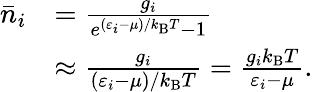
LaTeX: {\begin{array}{rl}{{\bar{n}}_{i}}&{={\frac{g_{i}}{e^{(\varepsilon_{i}-\mu)/k_{\mathrm{B}}T}-1}}}\\ &{\approx{\frac{g_{i}}{(\varepsilon_{i}-\mu)/k_{\mathrm{B}}T}}={\frac{g_{i}k_{\mathrm{B}}T}{\varepsilon_{i}-\mu}}.}\end{array}}